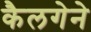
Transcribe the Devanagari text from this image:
कैलगेने